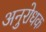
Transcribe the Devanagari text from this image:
अनुरोधक